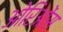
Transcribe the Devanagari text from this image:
ओरिओंस